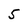
Character: 5